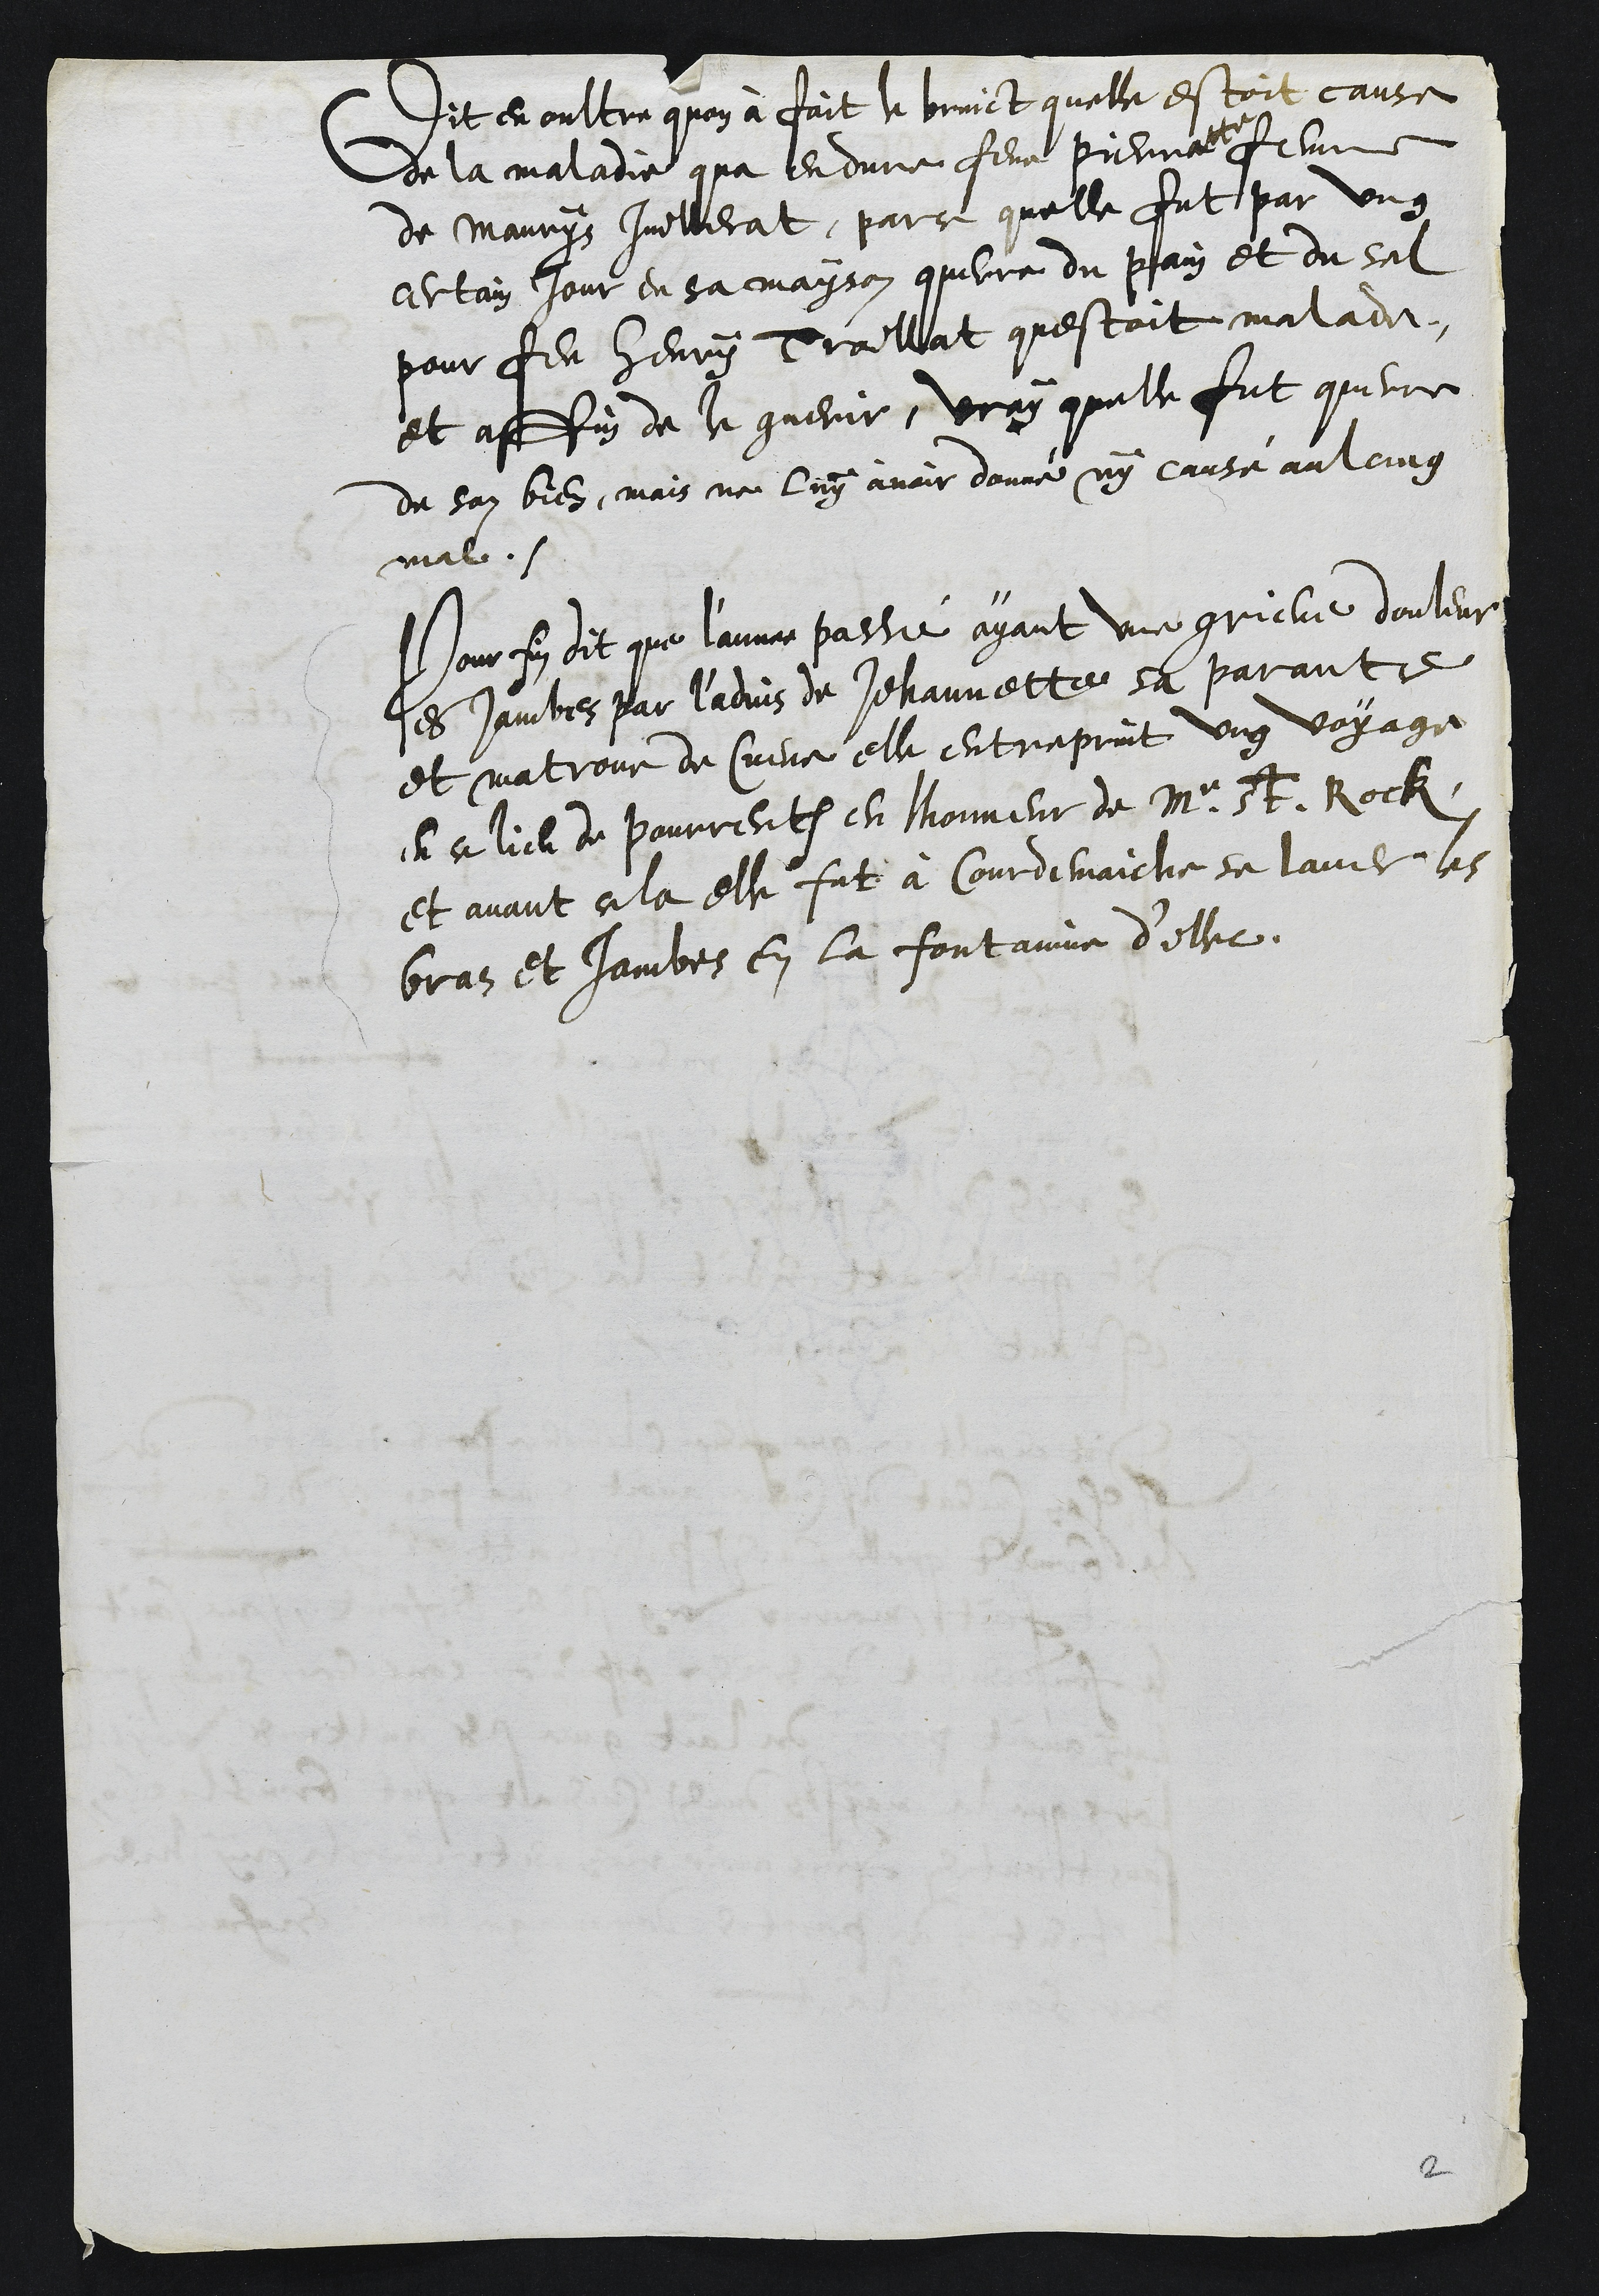
Dit en oultre quon à fait le bruict quelle estoit cause
de la maladie qua endure feue Pierratte femme
de Maurys Juillerat, parce quelle fut par ung
certain jour en sa mayson querre du pain et du sel
pour feu Henry Troillat questoit malade
et affin de le guerir, vray quelle fut querre
de son bien, mais ne luy avoir donné ny causé aulcung
mal.
Pour fin dit que l'annee passé ayant une grieve douleur
es jambes par l'advis de Jehannette sa parante
et matrone de Cueve elle entreprint ung voyage
en ce lieu de Pourrentruy en lhonneur de M. St. Rock
et avant cela elle fut à Courdemaiche se laver les
bras et jambes en la fontaine d'illec.

2